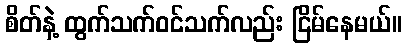
စိတ်နဲ့ ထွက်သက်ဝင်သက်လည်း ငြိမ်နေမယ်။